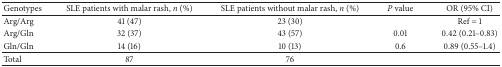
<table><thead><tr><td><b>Genotypes</b></td><td><b>SLE patients with malar rash, <i>n</i> (%)</b></td><td><b>SLE patients without malar rash, <i>n</i> (%)</b></td><td><b><i>P</i> value</b></td><td><b>OR (95% CI)</b></td></tr></thead><tbody><tr><td>Arg/Arg</td><td>41 (47)</td><td>23 (30)</td><td> </td><td>Ref = 1</td></tr><tr><td>Arg/Gln</td><td>32 (37)</td><td>43 (57)</td><td>0.01</td><td>0.42 (0.21–0.83)</td></tr><tr><td>Gln/Gln</td><td>14 (16)</td><td>10 (13)</td><td>0.6</td><td>0.89 (0.55–1.4)</td></tr><tr><td>Total</td><td>87</td><td>76</td><td> </td><td> </td></tr></tbody></table>